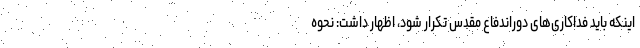
اینکه باید فداکاری‌های دوراندفاع مقدس تکرار شود، اظهار داشت: نحوه